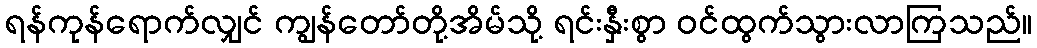
ရန်ကုန်ရောက်လျှင် ကျွန်တော်တို့အိမ်သို့ ရင်းနှီးစွာ ဝင်ထွက်သွားလာကြသည်။